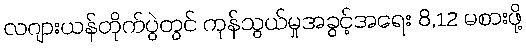
လဂျားယန်တိုက်ပွဲတွင် ကုန်သွယ်မှုအခွင့်အရေး 8,12 မစားဖို့